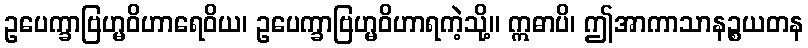
ဥပေက္ခာဗြဟ္မဝိဟာရေဝိယ၊ ဥပေက္ခာဗြဟ္မဝိဟာရကဲ့သို့။ ဣဓာပိ၊ ဤအာကာသာနဉ္စယတန